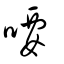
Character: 喓